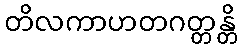
တိလကာဟတဂတ္တန္တိ